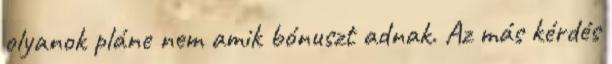
olyanok pláne nem amik bónuszt adnak. Az más kérdés